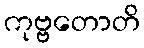
ကုဗ္ဗတောတိ